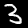
Label: 3